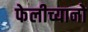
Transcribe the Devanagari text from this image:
फेलीच्यानो